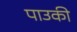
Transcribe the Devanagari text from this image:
पाउकी